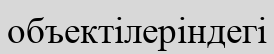
объектілеріндегі